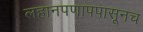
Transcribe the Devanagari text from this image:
लहानपणापपासूनच